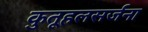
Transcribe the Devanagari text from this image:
कुतूहलसर्जना